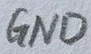
Text: GND